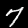
Digit: 7